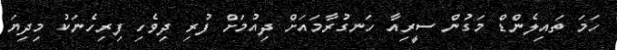
ހަމަ ތައިލެންޑް މަގުން ސީރިއާ ހަނގުރާމައަށް ދިއުމަށް ފުރި ދިވެހި ފިރިހެނަކު މިދިޔަ